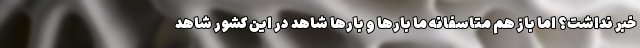
خبر نداشت؟ اما باز هم متاسفانه ما بارها و بارها شاهد در این کشور شاهد